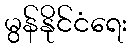
မွန်နိုင်ငံရေး